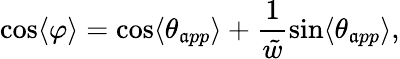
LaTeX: \cos\langle\varphi\rangle=\cos\langle\theta_{\mathfrak{a}pp}\rangle+\frac{{1}}{{\tilde{{w}}}}\sin\langle\theta_{\mathfrak{a}pp}\rangle,